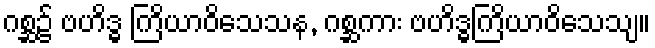
ဂစ္ဆ၌ ဗဟိဒ္ဓ ကြိယာဝိသေသန, ဂစ္ဆကား ဗဟိဒ္ဓကြိယာဝိသေသျ။